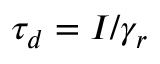
\tau _ { d } = I / \gamma _ { r }